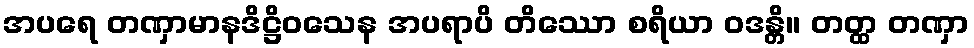
အပရေ တဏှာမာနဒိဋ္ဌိဝသေန အပရာပိ တိဿော စရိယာ ဝဒန္တိ။ တတ္ထ တဏှာ